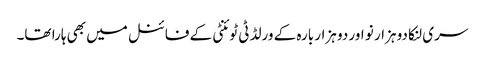
سری لنکا دو ہزار نو اور دو ہزار بارہ کے ورلڈ ٹی ٹوئنٹی کے فائنل میں بھی ہارا تھا۔